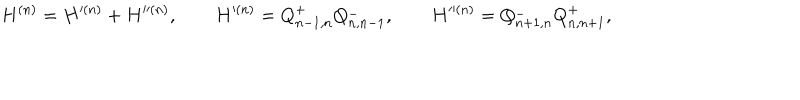
H ^ { ( n ) } = H ^ { ( n ) } + H ^ { ( n ) } , \qquad H ^ { ( n ) } = Q _ { n - 1 , n } ^ { + } Q _ { n , n - 1 } ^ { - } , \qquad H ^ { ( n ) } = Q _ { n + 1 , n } ^ { - } Q _ { n , n + 1 } ^ { + } ,